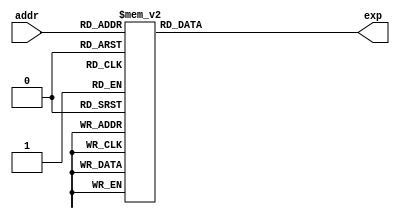
`define DEFINES_DONE
`define EXPONENT 5
`define MANTISSA 10
`define SIGN 1
`define DATAWIDTH (`SIGN+`EXPONENT+`MANTISSA)
`define IEEE_COMPLIANCE 1
`define NUM 8
`define ADDRSIZE 7
`define ADDRSIZE_FOR_TB 10
`define EXPONENT 5
`define MANTISSA 10
`define ACTUAL_MANTISSA 11
`define EXPONENT_LSB 10
`define EXPONENT_MSB 14
`define MANTISSA_LSB 0
`define MANTISSA_MSB 9
`define MANTISSA_MUL_SPLIT_LSB 3
`define MANTISSA_MUL_SPLIT_MSB 9
`define SIGN 1
`define SIGN_LOC 15
`define DWIDTH (`SIGN+`EXPONENT+`MANTISSA)
`define IEEE_COMPLIANCE 1
`define EXPONENT 5
`define MANTISSA 10
`define ACTUAL_MANTISSA 11
`define EXPONENT_LSB 10
`define EXPONENT_MSB 14
`define MANTISSA_LSB 0
`define MANTISSA_MSB 9
`define MANTISSA_MUL_SPLIT_LSB 3
`define MANTISSA_MUL_SPLIT_MSB 9
`define SIGN 1
`define SIGN_LOC 15
`define DWIDTH (`SIGN+`EXPONENT+`MANTISSA)
`define IEEE_COMPLIANCE 1
`define EXPONENT 5
`define MANTISSA 10
`define ACTUAL_MANTISSA 11
`define EXPONENT_LSB 10
`define EXPONENT_MSB 14
`define MANTISSA_LSB 0
`define MANTISSA_MSB 9
`define MANTISSA_MUL_SPLIT_LSB 3
`define MANTISSA_MUL_SPLIT_MSB 9
`define SIGN 1
`define SIGN_LOC 15
`define DWIDTH (`SIGN+`EXPONENT+`MANTISSA)
`define IEEE_COMPLIANCE 1

module LUT(addr, exp);
    input [5:0] addr;
    output reg [31:0] exp;

    always @(addr) begin
        case (addr)
			6'b0 		: exp = 32'b00111011110000010011110000000000;
			6'b1 		: exp = 32'b00111010110110000011101111101010;
			6'b10 		: exp = 32'b00111010000010100011101110111110;
			6'b11 		: exp = 32'b00111001010101000011101101111111;
			6'b100 		: exp = 32'b00111000101101000011101100110100;
			6'b101 		: exp = 32'b00111000001001110011101011100000;
			6'b110 		: exp = 32'b00110111010101000011101010000111;
			6'b111 		: exp = 32'b00110110011101110011101000101010;
			6'b1000 		: exp = 32'b00110101101101010011100111001100;
			6'b1001 		: exp = 32'b00110101000010010011100101101110;
			6'b1010 		: exp = 32'b00110100011100100011100100010010;
			6'b1011 		: exp = 32'b00110011110110000011100010111000;
			6'b1100 		: exp = 32'b00110010111011000011100001100001;
			6'b1101 		: exp = 32'b00110010000111000011100000001111;
			6'b1110 		: exp = 32'b00110001011001000011011101111111;
			6'b1111 		: exp = 32'b00110000110000100011011011101010;
			6'b10000 		: exp = 32'b00110000001100110011011001011101;
			6'b10001 		: exp = 32'b00101111011010010011010111011001;
			6'b10010 		: exp = 32'b00101110100010100011010101011101;
			6'b10011 		: exp = 32'b00101101110001010011010011101010;
			6'b10100 		: exp = 32'b00101101000110000011010001111111;
			6'b10101 		: exp = 32'b00101100011111110011010000011100;
			6'b10110 		: exp = 32'b00101011111011110011001110000000;
			6'b10111 		: exp = 32'b00101011000000000011001011010110;
			6'b11000 		: exp = 32'b00101010001011010011001000111010;
			6'b11001 		: exp = 32'b00101001011101000011000110101010;
			6'b11010 		: exp = 32'b00101000110100000011000100100110;
			6'b11011 		: exp = 32'b00101000001111110011000010101101;
			6'b11100 		: exp = 32'b00100111011111100011000000111111;
			6'b11101 		: exp = 32'b00100110100111010010111110110011;
			6'b11110 		: exp = 32'b00100101110101100010111011111010;
			6'b11111 		: exp = 32'b00100101001001110010111001010001;
			6'b100000 		: exp = 32'b00100100100011000010110110111000;
			6'b100001 		: exp = 32'b00100100000000110010110100101100;
			6'b100010 		: exp = 32'b00100011000101000010110010101101;
			6'b100011 		: exp = 32'b00100010001111110010110000111001;
			6'b100100 		: exp = 32'b00100001100001000010101110100000;
			6'b100101 		: exp = 32'b00100000110111100010101011100010;
			6'b100110 		: exp = 32'b00100000010010110010101000110101;
			6'b100111 		: exp = 32'b00011111100101000010100110011001;
			6'b101000 		: exp = 32'b00011110101100000010100100001011;
			6'b101001 		: exp = 32'b00011101111001110010100010001011;
			6'b101010 		: exp = 32'b00011101001101010010100000010111;
			6'b101011 		: exp = 32'b00011100100110010010011101011101;
			6'b101100 		: exp = 32'b00011100000011110010011010100000;
			6'b101101 		: exp = 32'b00011011001010010010010111110101;
			6'b101110 		: exp = 32'b00011010010100100010010101011011;
			6'b101111 		: exp = 32'b00011001100101000010010011010000;
			6'b110000 		: exp = 32'b00011000111011000010010001010011;
			6'b110001 		: exp = 32'b00011000010110000010001111000101;
			6'b110010 		: exp = 32'b00010111101010100010001011111010;
			6'b110011 		: exp = 32'b00010110110001000010001001000011;
			6'b110100 		: exp = 32'b00010101111110000010000110011111;
			6'b110101 		: exp = 32'b00010101010001010010000100001011;
			6'b110110 		: exp = 32'b00010100101001100010000010000110;
			6'b110111 		: exp = 32'b00010100000110100010000000001110;
			6'b111000 		: exp = 32'b00010011001111100001111101000101;
			6'b111001 		: exp = 32'b00010010011001000001111010000100;
			6'b111010 		: exp = 32'b00010001101001000001110111010111;
			6'b111011 		: exp = 32'b00010000111110100001110100111011;
			6'b111100 		: exp = 32'b00010000011001000001110010101111;
			6'b111101 		: exp = 32'b00001111110000010001110000110010;
			6'b111110 		: exp = 32'b00001110110101110001101110000010;
			6'b111111 		: exp = 32'b00001110000010100001101010111001;
        endcase
    end
endmodule